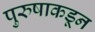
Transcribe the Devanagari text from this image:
पुरुषाकडून